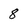
Character: 8